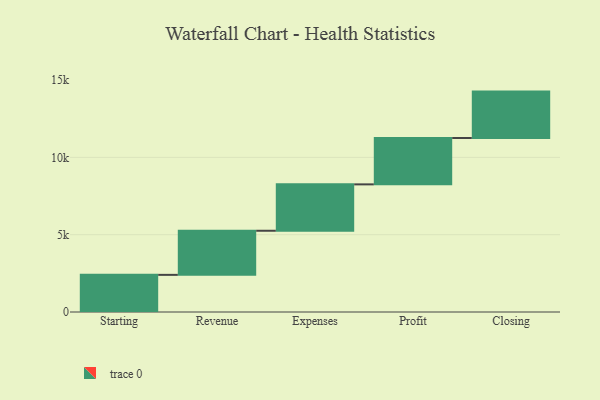
{"axis": {"x": "Step", "y": "Value"}, "legend": [""], "data": [{"x": "Starting", "y": 2402.0, "type": ""}, {"x": "Revenue", "y": 2853.0, "type": ""}, {"x": "Expenses", "y": 3000, "type": ""}, {"x": "Profit", "y": 3000, "type": ""}, {"x": "Closing", "y": 3000, "type": ""}]}